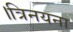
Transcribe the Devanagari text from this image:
।त्रिनयना